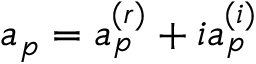
a _ { p } = a _ { p } ^ { ( r ) } + i a _ { p } ^ { ( i ) }